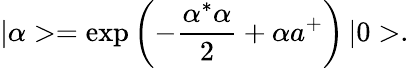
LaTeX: |\alpha>=\exp{\left(-\frac{\alpha^{*}\alpha}{2}+\alpha a^{+}\right)}\, |0>.